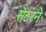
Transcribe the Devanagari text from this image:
सेंटरने